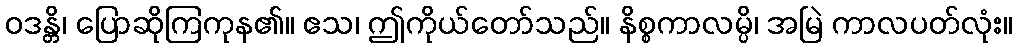
ဝဒန္တိ၊ ပြောဆိုကြကုန၏။ ဧသ၊ ဤကိုယ်တော်သည်။ နိစ္စကာလမ္ပိ၊ အမြဲ ကာလပတ်လုံး။